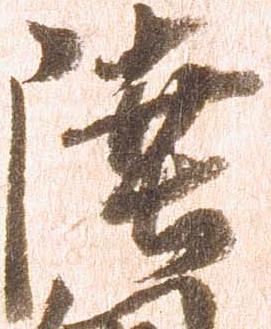
陸